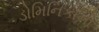
ડોમિનિકાનો